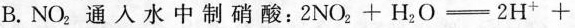
B.NO_{2}通入水中制硝酸：2NO_{2}+H_{2}O \xlongequal[]{} 2H^{+}+